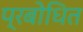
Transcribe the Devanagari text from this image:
प्रबोधित